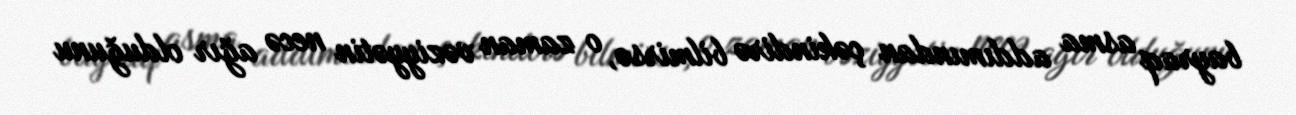
bayraq asma addımından çəkindirə bilmirsə, o zaman vəziyyətin necə ağır olduğunu